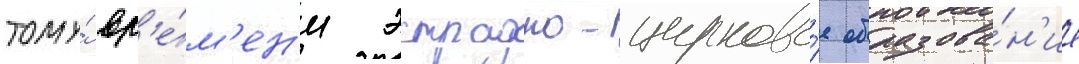
тому́ вр'е́м'ен'и эстрадно-цирково́е образова́н'ие